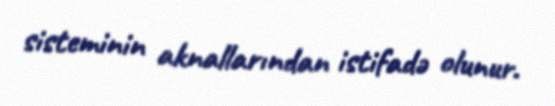
sisteminin aknallarından istifadə olunur.